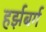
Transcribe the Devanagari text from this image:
हर्झबर्ग